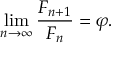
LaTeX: \operatorname* { l i m } _ { n \to \infty } { \frac { F _ { n + 1 } } { F _ { n } } } = \varphi .